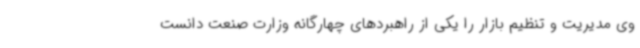
وی مدیریت و تنظیم بازار را یکی از راهبردهای چهارگانه وزارت صنعت دانست